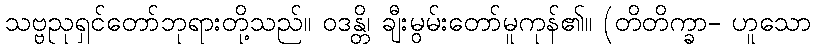
သဗ္ဗညုရှင်တော်ဘုရားတို့သည်။ ဝဒန္တိ၊ ချီးမွမ်းတော်မူကုန်၏။ (တိတိက္ခာ- ဟူသော